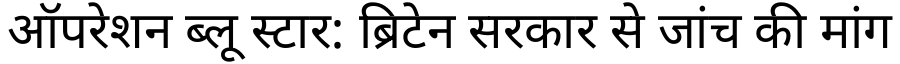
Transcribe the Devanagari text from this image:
ऑपरेशन ब्लू स्टार: ब्रिटेन सरकार से जांच की मांग